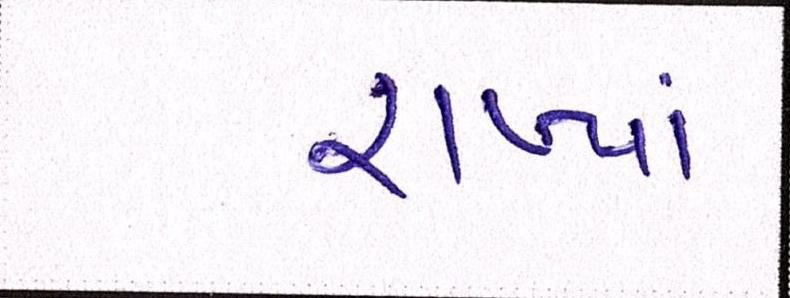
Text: રાખ્યાં